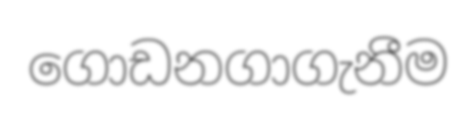
ගොඩනගාගැනීම